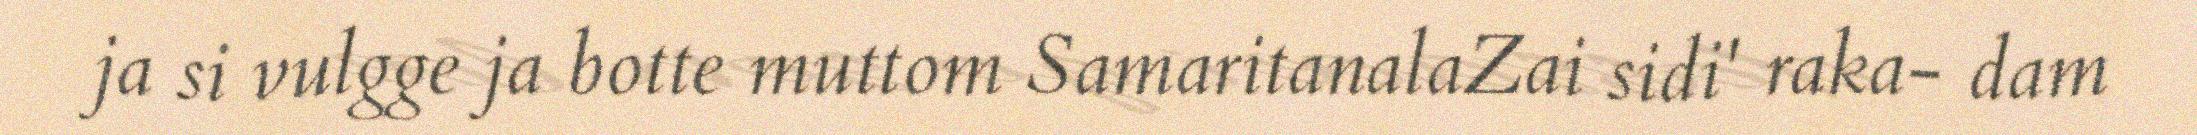
ja si vulgge ja botte muttom SamaritanalaZai sidi' raka- dam